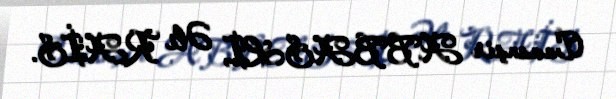
Cavanşir ABBASLI, Əli RAİS.